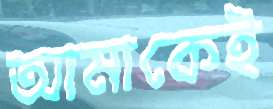
আমাকেই